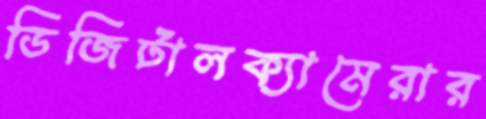
ডিজিটালক্যামেরার